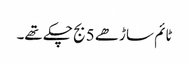
ٹائم ساڑھے 5 بج چکے تھے۔